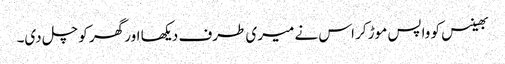
بھینس کو واپس موڑ کر اس نے میری طرف دیکھا اور گھر کو چل دی۔